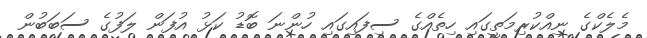
މެލެކްގެ ނިއްކުރިމަތީގައި ހިތެއްގެ ސިފައިގައި ހުންނަ ބޮޑު ކަޅު އުފަން ލަފުގެ ސަބަބުން